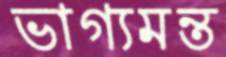
ভাগ্যমন্ত